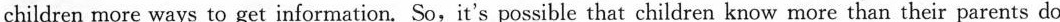
families and the new environment.But when they teach their parents new technology，parents can connect